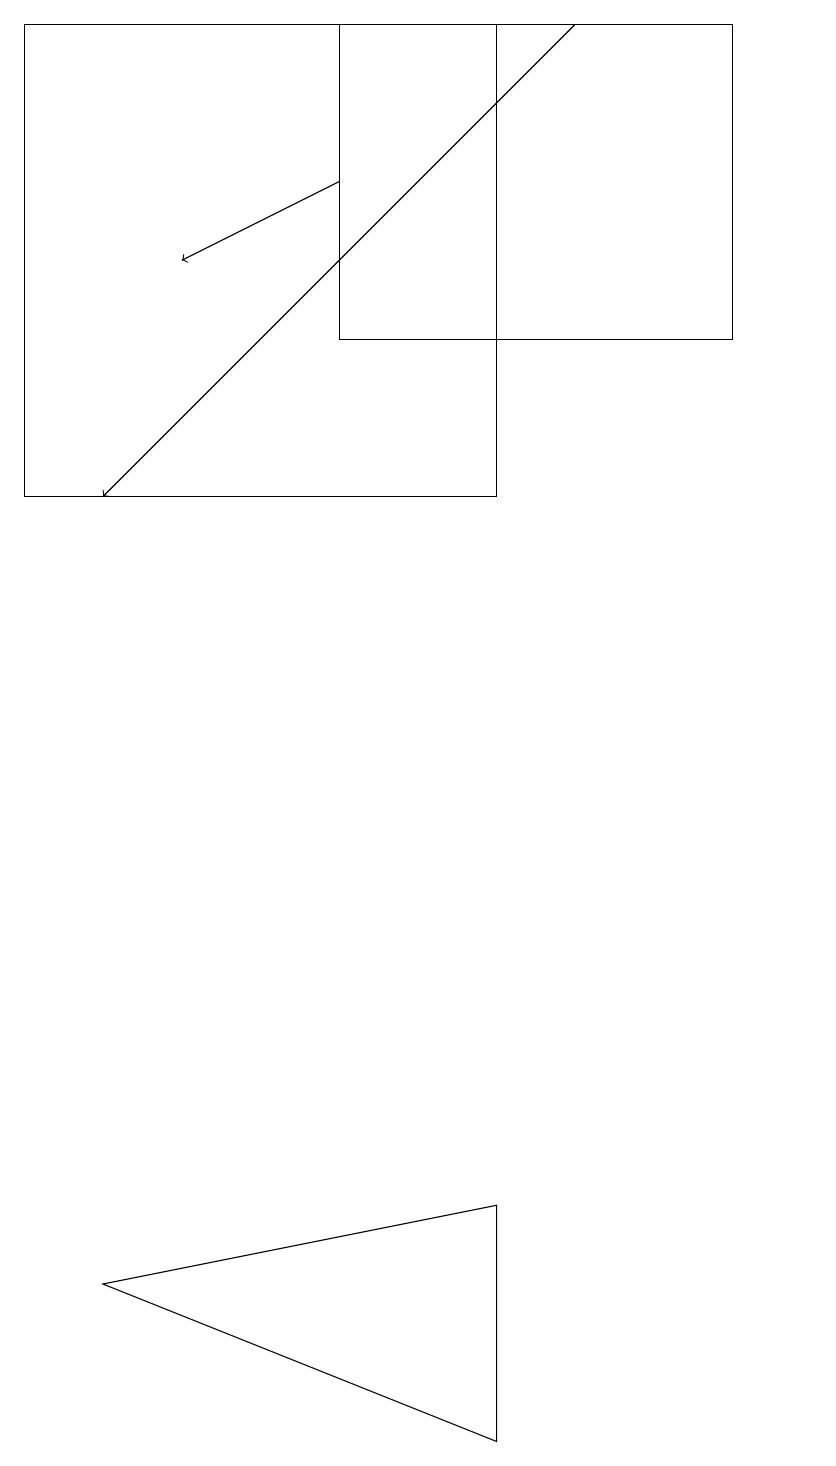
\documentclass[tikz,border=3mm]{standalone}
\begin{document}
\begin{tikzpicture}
\draw[->] (7,18) -- (1,12);
\draw (6,18) rectangle (0,12);
\draw[->] (4,16) -- (2,15);
\draw (4,18) rectangle (9,14);
\draw (6,3) -- (1,2) -- (6,0) -- cycle;
\draw (10,10) circle (0);
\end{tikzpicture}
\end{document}